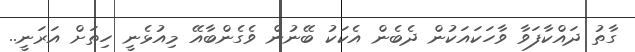
ގާތު ދައްކާފަވާ ވާހަކައަކުން ދެބެން އެކަކު ބޭނުން ވެގެންބާއޭ މިއުޅެނީ ހިތަށް އަރަނީ..